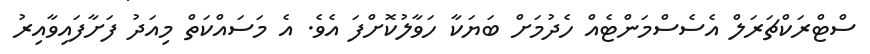
ސްޓްރަކްޗަރަލް އެސެސްމަންޓެއް ހެދުމަށް ބަޔަކާ ހަަވާލުކޮށްފަ އެވެ. އެ މަސައްކަތް މިއަދު ފަށާފައިވާއިރު